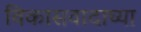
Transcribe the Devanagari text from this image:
विकासवादाच्या